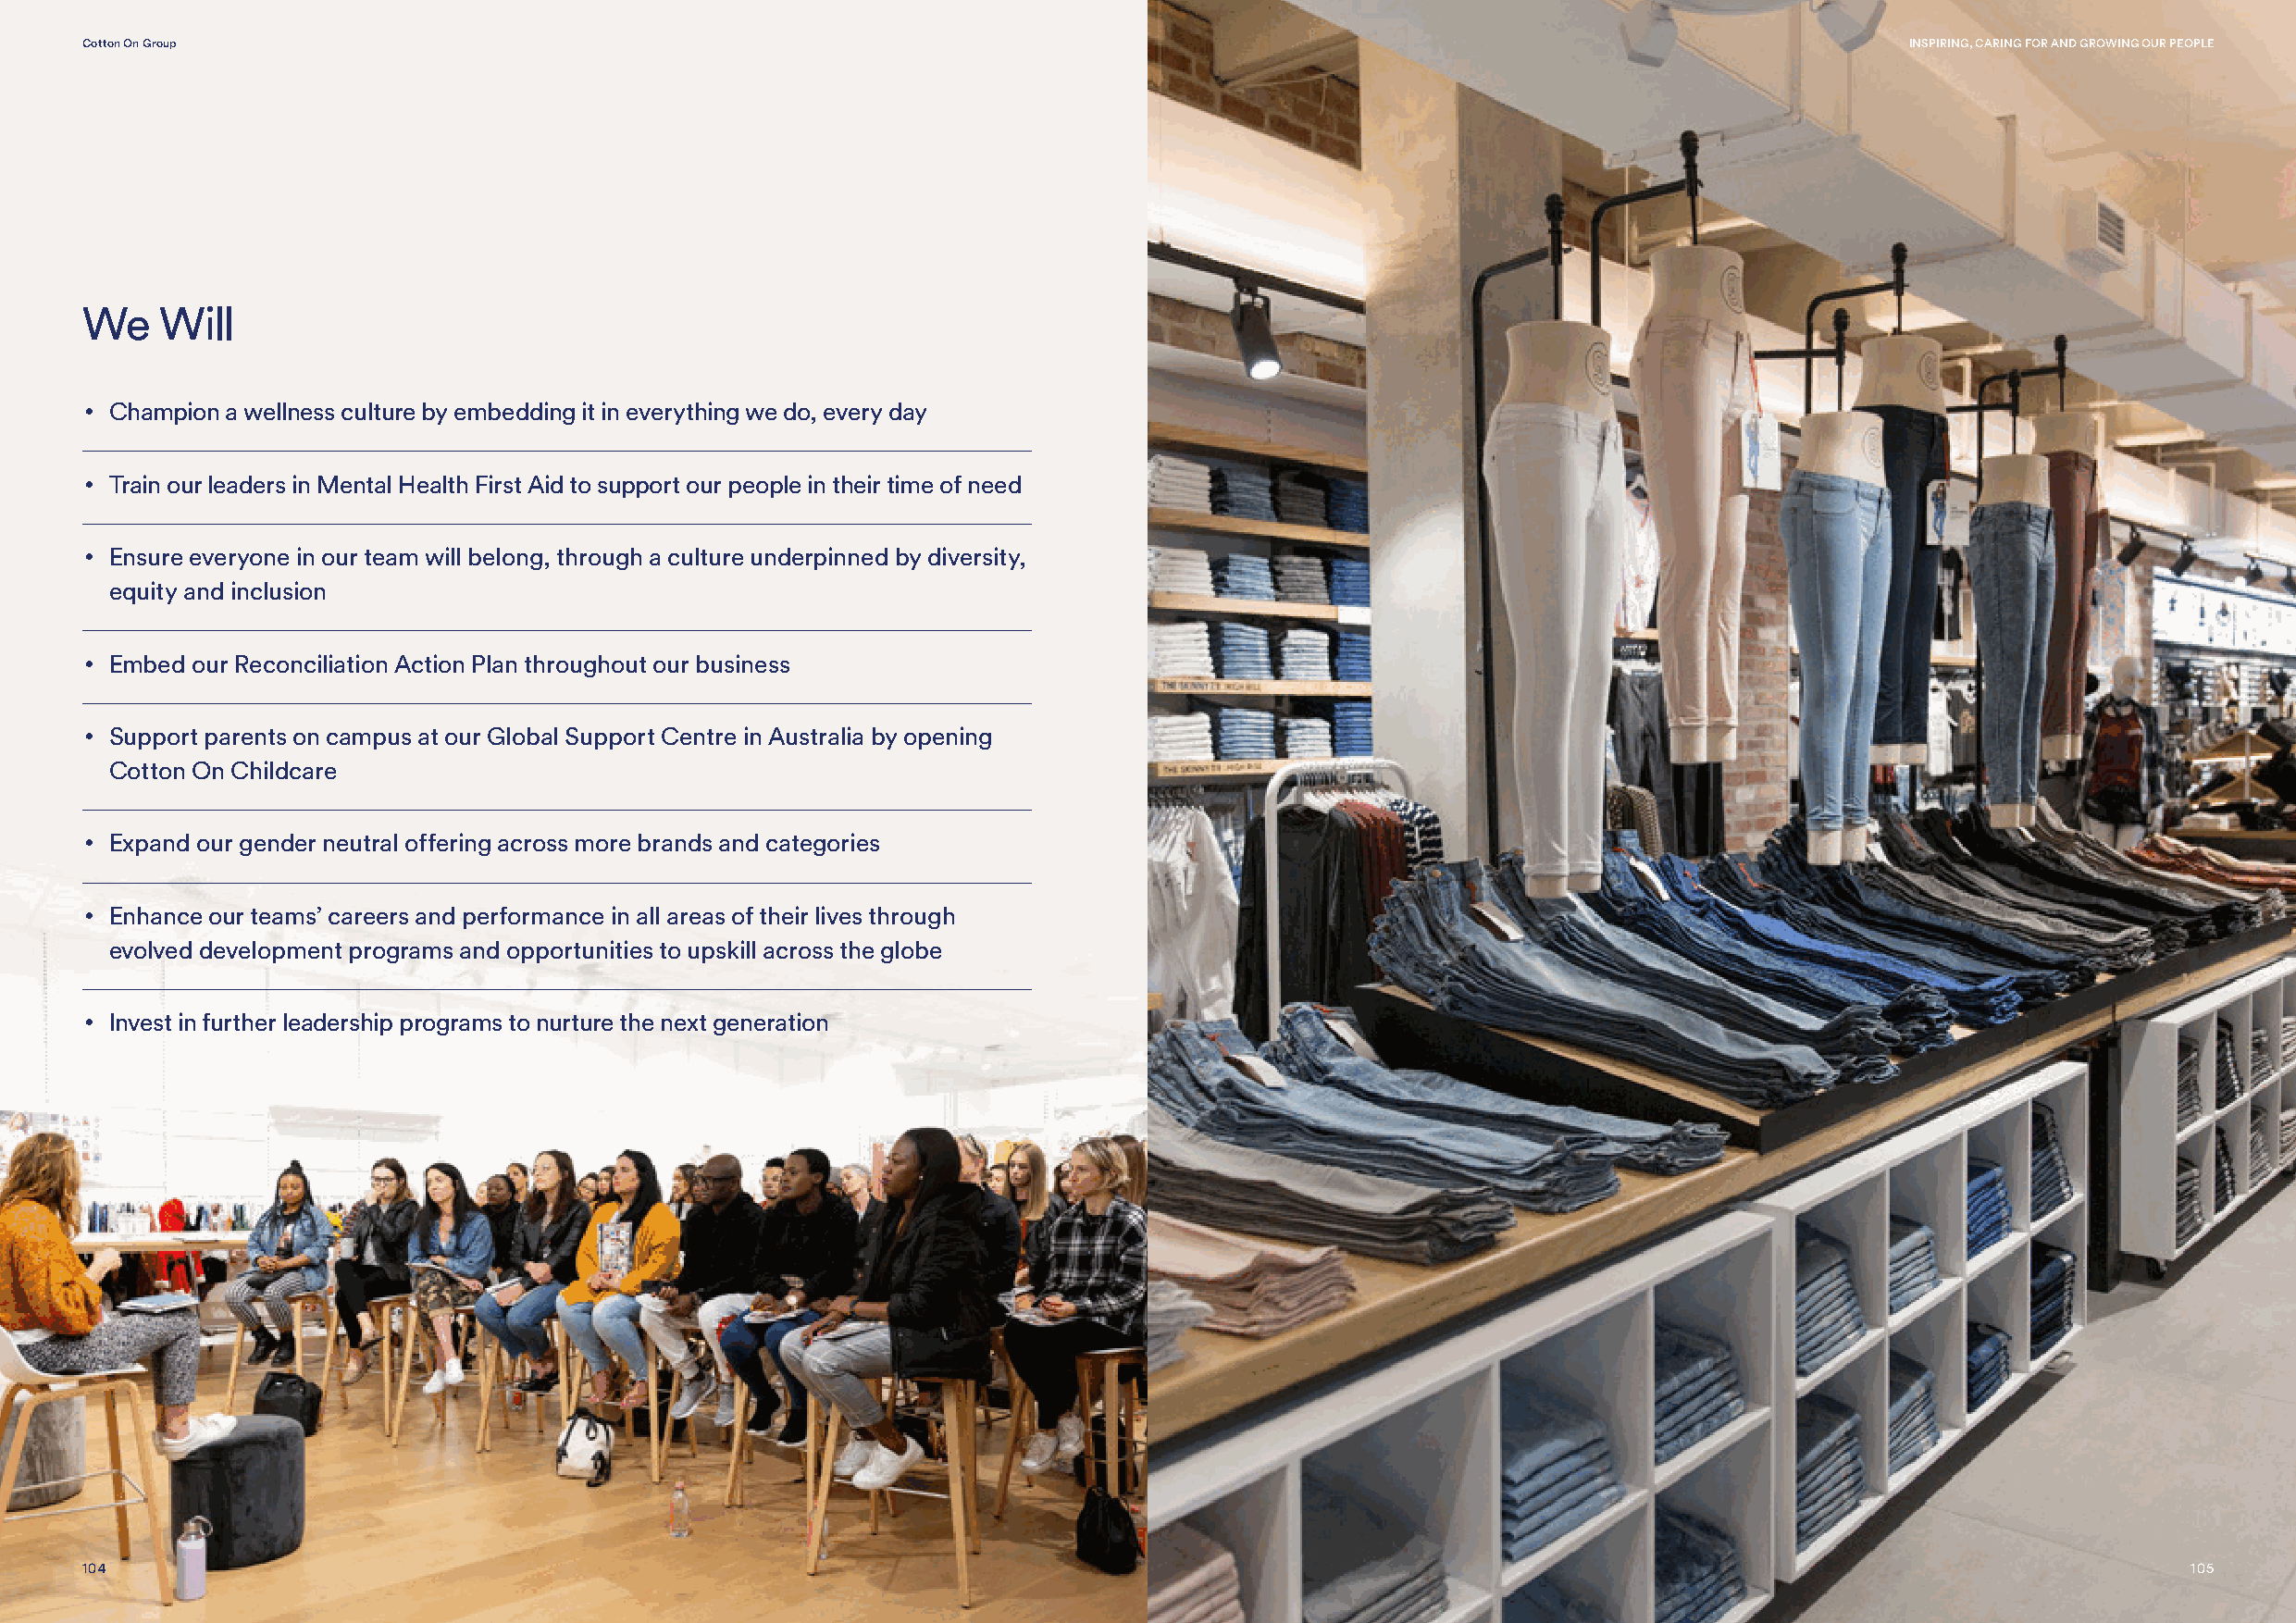
Cotton On Group                                                                                                                    INSPIRING, CARING FOR AND GROWING OUR PEOPLE
 We   Will
 • Champion a wellness culture by embedding it in everything we do, every day
 • Train our leaders in Mental Health First Aid to support our people in their time of need
 • Ensure everyone in our team will belong, through a culture underpinned by diversity,
 equity and inclusion
 • Embed our Reconciliation Action Plan throughout our business
 • Support parents on campus at our Global Support Centre in Australia by opening
 Cotton On Childcare
 • Expand our gender neutral offering across more brands and categories
 • Enhance our teams’ careers and performance in all areas of their lives through
 evolved development programs and opportunities to upskill across the globe
 • Invest in further leadership programs to nurture the next generation
 104                                                                                                                                                    105